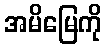
အမိမြေကို